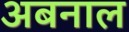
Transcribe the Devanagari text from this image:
अबनाल